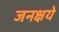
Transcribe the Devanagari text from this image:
जनक्षये